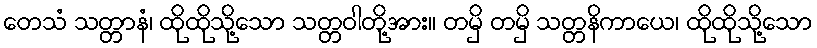
တေသံ သတ္တာနံ၊ ထိုထိုသို့သော သတ္တဝါတို့အား။ တမှိ တမှိ သတ္တနိကာယေ၊ ထိုထိုသို့သော